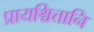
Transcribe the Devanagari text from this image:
प्रायश्चित्तानि